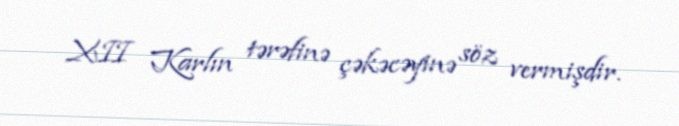
XII Karlın tərəfinə çəkəcəyinə söz vermişdir.